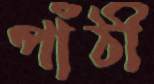
পাঁঠী